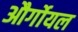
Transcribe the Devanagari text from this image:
और्गोयल